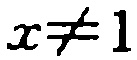
$x\neq 1$